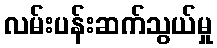
လမ်းပန်းဆက်သွယ်မှု